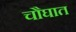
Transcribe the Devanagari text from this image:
चौघात